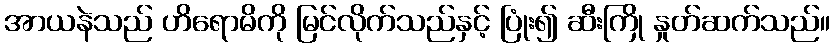
အာယနဲသည် ဟိရောမိကို မြင်လိုက်သည်နှင့် ပြုံး၍ ဆီးကြို နှုတ်ဆက်သည်။